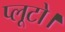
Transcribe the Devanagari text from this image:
प्लूटो।